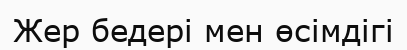
Жер бедері мен өсімдігі